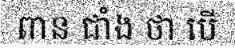
ពាន ជាំង ថា បើ